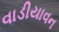
વાડીયાવન